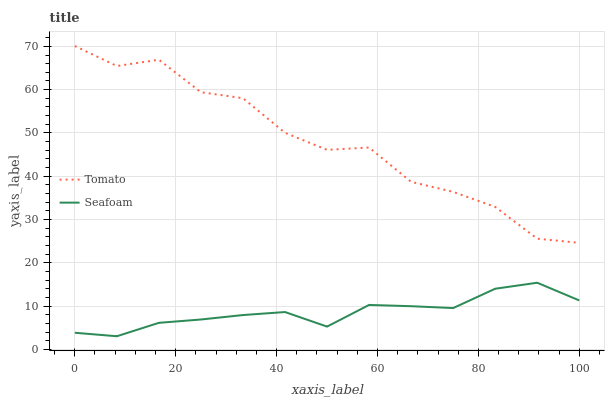
| xaxis_label | Tomato | Seafoam |
 | --- | --- | --- |
 | 0 | 70.1 | 3.86 |
 | 8.33 | 65.5 | 3.05 |
 | 16.7 | 66.9 | 6.15 |
 | 25 | 59.4 | 6.92 |
 | 33.3 | 58 | 7.95 |
 | 41.7 | 50 | 8.64 |
 | 50 | 46.1 | 5.28 |
 | 58.3 | 46.6 | 10.3 |
 | 66.7 | 38.7 | 9.99 |
 | 75 | 36.4 | 9.56 |
 | 83.3 | 32.9 | 14 |
 | 91.7 | 25.6 | 15.4 |
 | 100 | 24.6 | 11.3 |